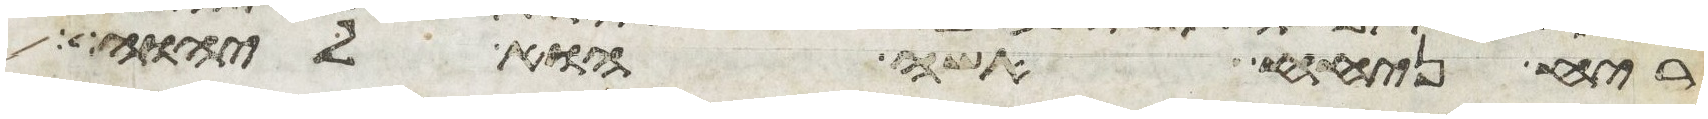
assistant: ריח ניחח אשה הוא ליהוה